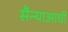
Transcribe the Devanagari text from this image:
सैन्याआधी